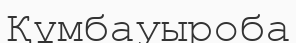
Құмбауыроба